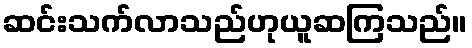
ဆင်းသက်လာသည်ဟုယူဆကြသည်။